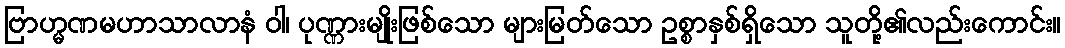
ဗြာဟ္မဏမဟာသာလာနံ ဝါ၊ ပုဏ္ဏားမျိုးဖြစ်သော များမြတ်သော ဥစ္စာနှစ်ရှိသော သူတို့၏လည်းကောင်း။